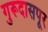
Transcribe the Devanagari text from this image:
गुरूदासपूर